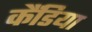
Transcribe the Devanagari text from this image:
कैंडिया